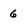
Character: 6